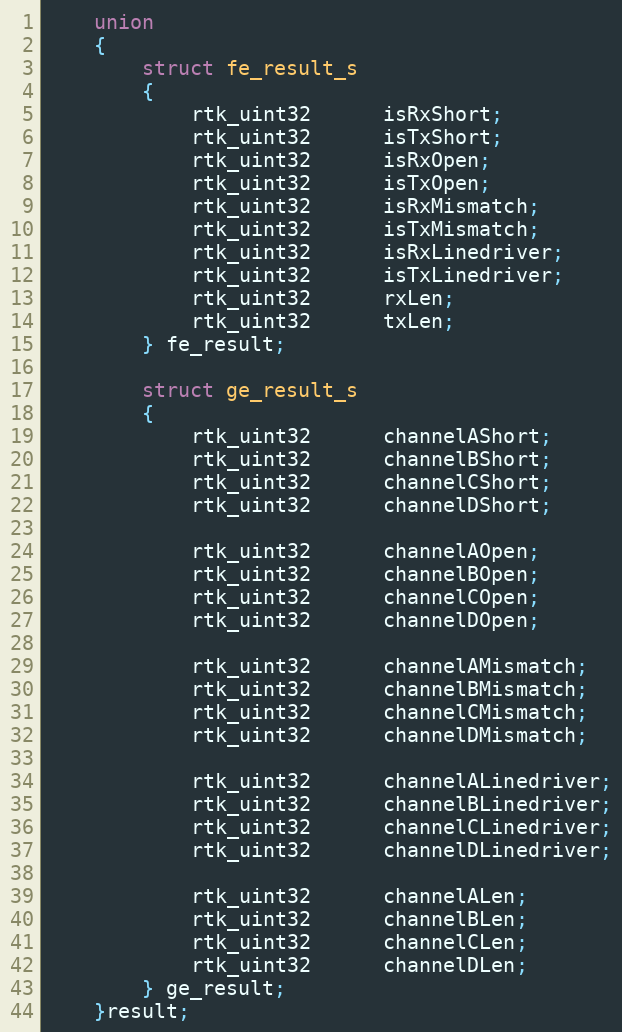
Language: C
    union
    {
        struct fe_result_s
        {
            rtk_uint32      isRxShort;
            rtk_uint32      isTxShort;
            rtk_uint32      isRxOpen;
            rtk_uint32      isTxOpen;
            rtk_uint32      isRxMismatch;
            rtk_uint32      isTxMismatch;
            rtk_uint32      isRxLinedriver;
            rtk_uint32      isTxLinedriver;
            rtk_uint32      rxLen;
            rtk_uint32      txLen;
        } fe_result;

        struct ge_result_s
        {
            rtk_uint32      channelAShort;
            rtk_uint32      channelBShort;
            rtk_uint32      channelCShort;
            rtk_uint32      channelDShort;

            rtk_uint32      channelAOpen;
            rtk_uint32      channelBOpen;
            rtk_uint32      channelCOpen;
            rtk_uint32      channelDOpen;

            rtk_uint32      channelAMismatch;
            rtk_uint32      channelBMismatch;
            rtk_uint32      channelCMismatch;
            rtk_uint32      channelDMismatch;

            rtk_uint32      channelALinedriver;
            rtk_uint32      channelBLinedriver;
            rtk_uint32      channelCLinedriver;
            rtk_uint32      channelDLinedriver;

            rtk_uint32      channelALen;
            rtk_uint32      channelBLen;
            rtk_uint32      channelCLen;
            rtk_uint32      channelDLen;
        } ge_result;
    }result;